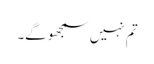
تم نہیں سمجھوگے۔